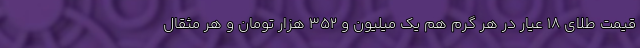
قیمت طلای ۱۸ عیار در هر گرم هم یک ‌میلیون و ۳۵۲ هزار تومان و هر مثقال